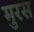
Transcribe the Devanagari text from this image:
मुरस